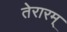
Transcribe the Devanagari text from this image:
तेरारम्‌